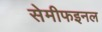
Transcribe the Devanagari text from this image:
सेमीफइनल